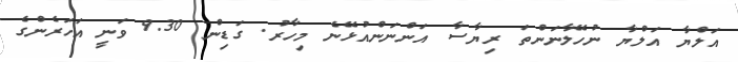
އަލްޔާ އަލްޔާ ނުހޭލާނަންތަ ރިޔާސާ އަންނަންއުޅޭނެ މިހާރު. ގަޑިން 9.30 ވަނީ އަހަރެންގެ